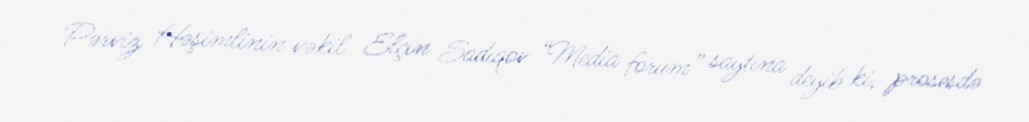
Pərviz Həşimlinin vəkil Elçin Sadıqov “Media forum” saytına deyib ki, prosesdə